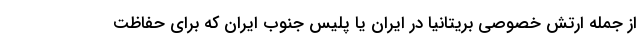
از جمله ارتش خصوصی بریتانیا در ایران یا پلیس جنوب ایران که برای حفاظت